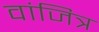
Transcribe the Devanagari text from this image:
वांजित्र